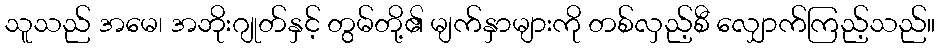
သူသည် အမေ၊ အဘိုးဂျုတ်နှင့် တွမ်တို့၏ မျက်နှာများကို တစ်လှည့်စီ လျှောက်ကြည့်သည်။